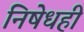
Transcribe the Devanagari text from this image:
निषेधही